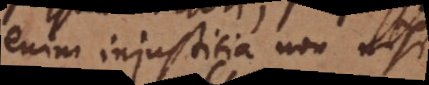
enim injustitia non nisi